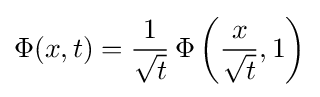
\Phi (x,t)={\frac {1}{\sqrt {t}}}\,\Phi \left({\frac {x}{\sqrt {t}}},1\right)